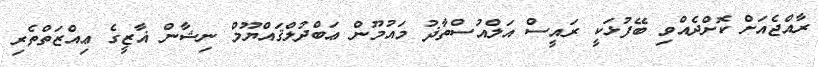
ރާއްޖެއަށް ކޮށްދެއްވި ބޭފުޅަކީ ރައީސް އަލްއުސްތާޛު މައުމޫން ޢަބްދުލްޤައްޔޫމް ނިޝާން ޣާޒީގެ ޢިއްޒަތްތެރި